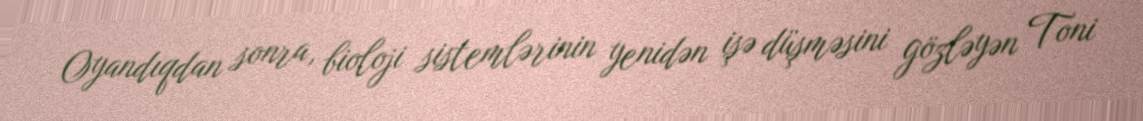
Oyandıqdan sonra, bioloji sistemlərinin yenidən işə düşməsini gözləyən Toni